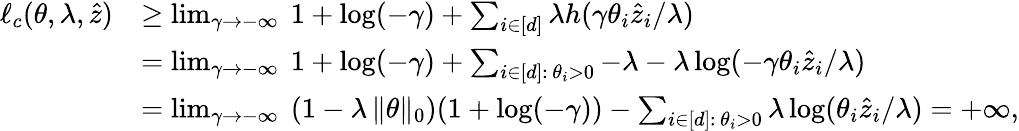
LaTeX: \begin{array}{rl}{\ell_{c}(\theta,\lambda,\widehat z)}&{\geq\operatorname*{lim}_{\gamma\to-\infty}~1+\log(-\gamma)+\sum_{i\in[d]}\lambda h(\gamma\theta_{i}\widehat z_{i}/\lambda)}\\ &{=\operatorname*{lim}_{\gamma\to-\infty}~1+\log(-\gamma)+\sum_{i\in[d]:\, \theta_{i}>0}-\lambda-\lambda\log(-\gamma\theta_{i}\widehat z_{i}/\lambda)}\\ &{=\operatorname*{lim}_{\gamma\to-\infty}~(1-\lambda\, \| \theta\| _{0})(1+\log(-\gamma))-\sum_{i\in[d]:\, \theta_{i}>0}\lambda\log(\theta_{i}\widehat z_{i}/\lambda)=+\infty,}\end{array}